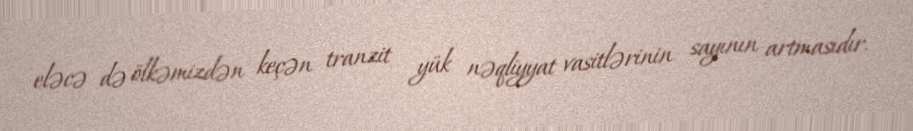
eləcə də ölkəmizdən keçən tranzit yük nəqliyyat vasitlərinin sayının artmasıdır.